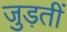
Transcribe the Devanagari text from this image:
जुड़तीं